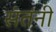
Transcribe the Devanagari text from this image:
संतनी